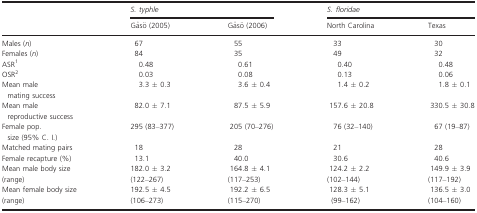
|  | <COLSPAN=2> S. typhle | <COLSPAN=2> S. floridae |
 |  | Gåsö (2005) | Gåsö (2006) | North Carolina | Texas |
 | --- | --- | --- | --- | --- |
 | Males (n) | 67 | 55 | 33 | 30 |
 | Females (n) | 84 | 35 | 49 | 32 |
 | ASR1 | 0.48 | 0.61 | 0.40 | 0.48 |
 | OSR2 | 0.03 | 0.08 | 0.13 | 0.06 |
 | Mean male mating success | 3.3 ± 0.3 | 3.6 ± 0.4 | 1.4 ± 0.2 | 1.8 ± 0.1 |
 | Mean male reproductive success | 82.0 ± 7.1 | 87.5 ± 5.9 | 157.6 ± 20.8 | 330.5 ± 30.8 |
 | Female pop. size (95% C. I.) | 295 (83–377) | 205 (70–276) | 76 (32–140) | 67 (19–87) |
 | Matched mating pairs | 18 | 28 | 21 | 28 |
 | Female recapture (%) | 13.1 | 40.0 | 30.6 | 40.6 |
 | Mean male body size | 182.0 ± 3.2 | 164.8 ± 4.1 | 124.2 ± 2.2 | 149.9 ± 3.9 |
 | (range) | (122–267) | (117–253) | (102–144) | (117–192) |
 | Mean female body size | 192.5 ± 4.5 | 192.2 ± 6.5 | 128.3 ± 5.1 | 136.5 ± 3.0 |
 | (range) | (106–273) | (115–270) | (99–162) | (104–160) |